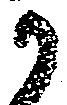
か